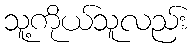
သူ့ကိုယ်သူလည်း